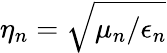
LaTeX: \eta_{n}=\sqrt{\mu_{n}/\epsilon_{n}}